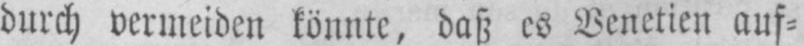
durch vermeiden könnte, daß es Venetien auf⸗